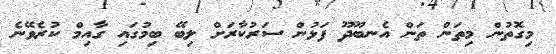
މިގޮތުން މިތަން ތަން އެނބޫދޫ ފަޅުން ސަރުކާރަށް ލިބޭ ބިމުގައި ގާއިމް ކުރެވޭނެ